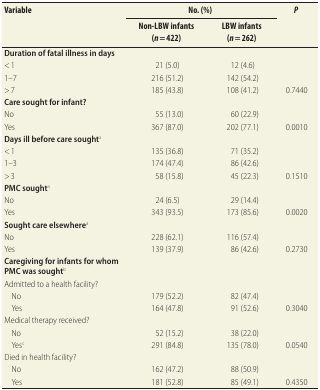
| <ROWSPAN=2> Variable | <COLSPAN=2> No. (%) | <ROWSPAN=2> P |
 | Non-LBW infants (n = 422) | LBW infants (n = 262) |
 | --- | --- | --- | --- |
 | Duration of fatal illness in days |  |  |  |
 | < 1 | 21 (5.0) | 12 (4.6) |  |
 | 1–7 | 216 (51.2) | 142 (54.2) |  |
 | > 7 | 185 (43.8) | 108 (41.2) | 0.7440 |
 | Care sought for infant? |  |  |  |
 | No | 55 (13.0) | 60 (22.9) |  |
 | Yes | 367 (87.0) | 202 (77.1) | 0.0010 |
 | Days ill before care soughta |  |  |  |
 | < 1 | 135 (36.8) | 71 (35.2) |  |
 | 1–3 | 174 (47.4) | 86 (42.6) |  |
 | > 3 | 58 (15.8) | 45 (22.3) | 0.1510 |
 | PMC soughta |  |  |  |
 | No | 24 (6.5) | 29 (14.4) |  |
 | Yes | 343 (93.5) | 173 (85.6) | 0.0020 |
 | Sought care elsewherea |  |  |  |
 | No | 228 (62.1) | 116 (57.4) |  |
 | Yes | 139 (37.9) | 86 (42.6) | 0.2730 |
 | Caregiving for infants for whom PMC was soughtb |  |  |  |
 | Admitted to a health facility? |  |  |  |
 | No | 179 (52.2) | 82 (47.4) |  |
 | Yes | 164 (47.8) | 91 (52.6) | 0.3040 |
 | Medical therapy received? |  |  |  |
 | No | 52 (15.2) | 38 (22.0) |  |
 | Yesc | 291 (84.8) | 135 (78.0) | 0.0540 |
 | Died in health facility? |  |  |  |
 | No | 162 (47.2) | 88 (50.9) |  |
 | Yes | 181 (52.8) | 85 (49.1) | 0.4350 |